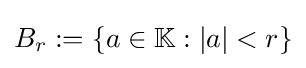
B_{r}:=\{a\in \mathbb {K} :|a|<r\}